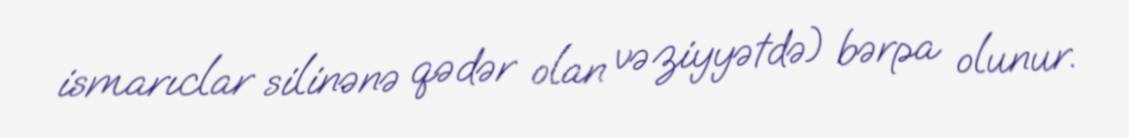
ismarıclar silinənə qədər olan vəziyyətdə) bərpa olunur.